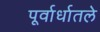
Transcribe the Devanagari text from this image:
पूर्वार्धातले